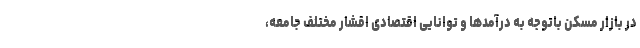
در بازار مسکن باتوجه به درآمدها و توانایی اقتصادی اقشار مختلف جامعه،